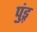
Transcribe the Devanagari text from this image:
पुंड़्र